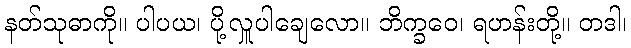
နတ်သုဓာကို။ ပါပယ၊ ပို့လှူပါချေလော။ ဘိက္ခဝေ၊ ရဟန်းတို့။ တဒါ၊